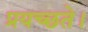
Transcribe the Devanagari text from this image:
प्रयच्छते।